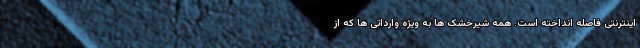
اینترنتی فاصله انداخته است. همه شیرخشک ها به ویژه وارداتی ها که از